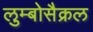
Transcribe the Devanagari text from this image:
लुम्बोसैक्रल